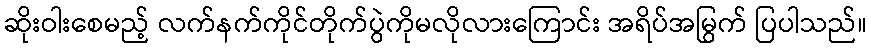
ဆိုးဝါးစေမည့် လက်နက်ကိုင်တိုက်ပွဲကိုမလိုလားကြောင်း အရိပ်အမြွက် ပြပါသည်။